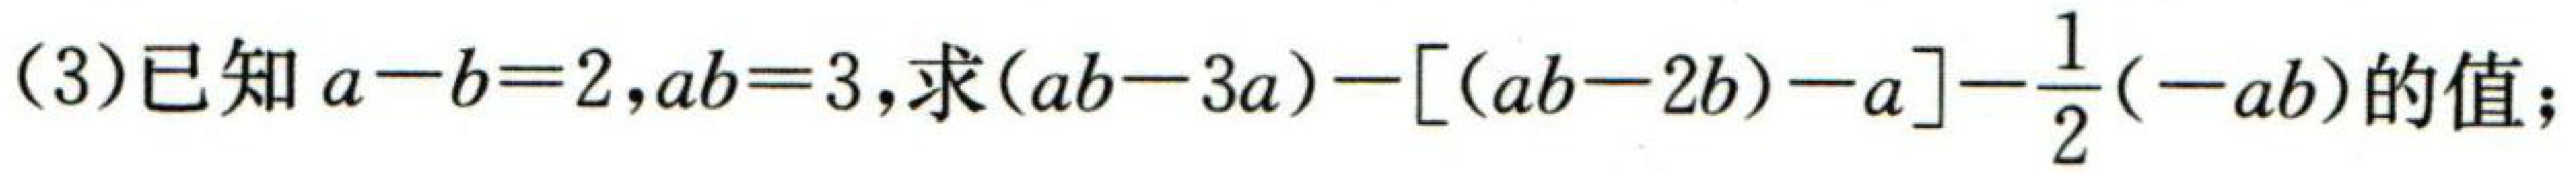
(3)已知\(a - b = 2\)，\(ab = 3\)，求\((ab - 3a)-[(ab - 2b)-a]-\frac{1}{2}(-ab)\)的值；